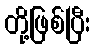
တို့ဖြစ်ပြီး